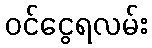
ဝင်ငွေရလမ်း